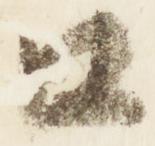
口